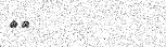
١٢